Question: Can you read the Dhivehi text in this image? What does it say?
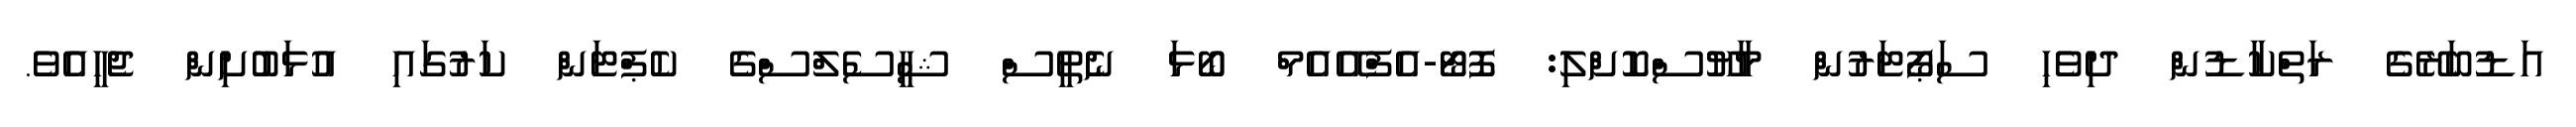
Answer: އަޑުބަރޭގެ ރަތްކާޑުން ދިވެހި ސަޕޯޓަރުން މާޔޫސްކޮށްލި: ފޮޓޯ-އެފްއޭއެމް ބޯޅަ ނެތީސް ޝީސެލްސްގެ ކެޕްޓަން ކަރުގައި އުޅަބުށިން ޖެހީއެވެ.